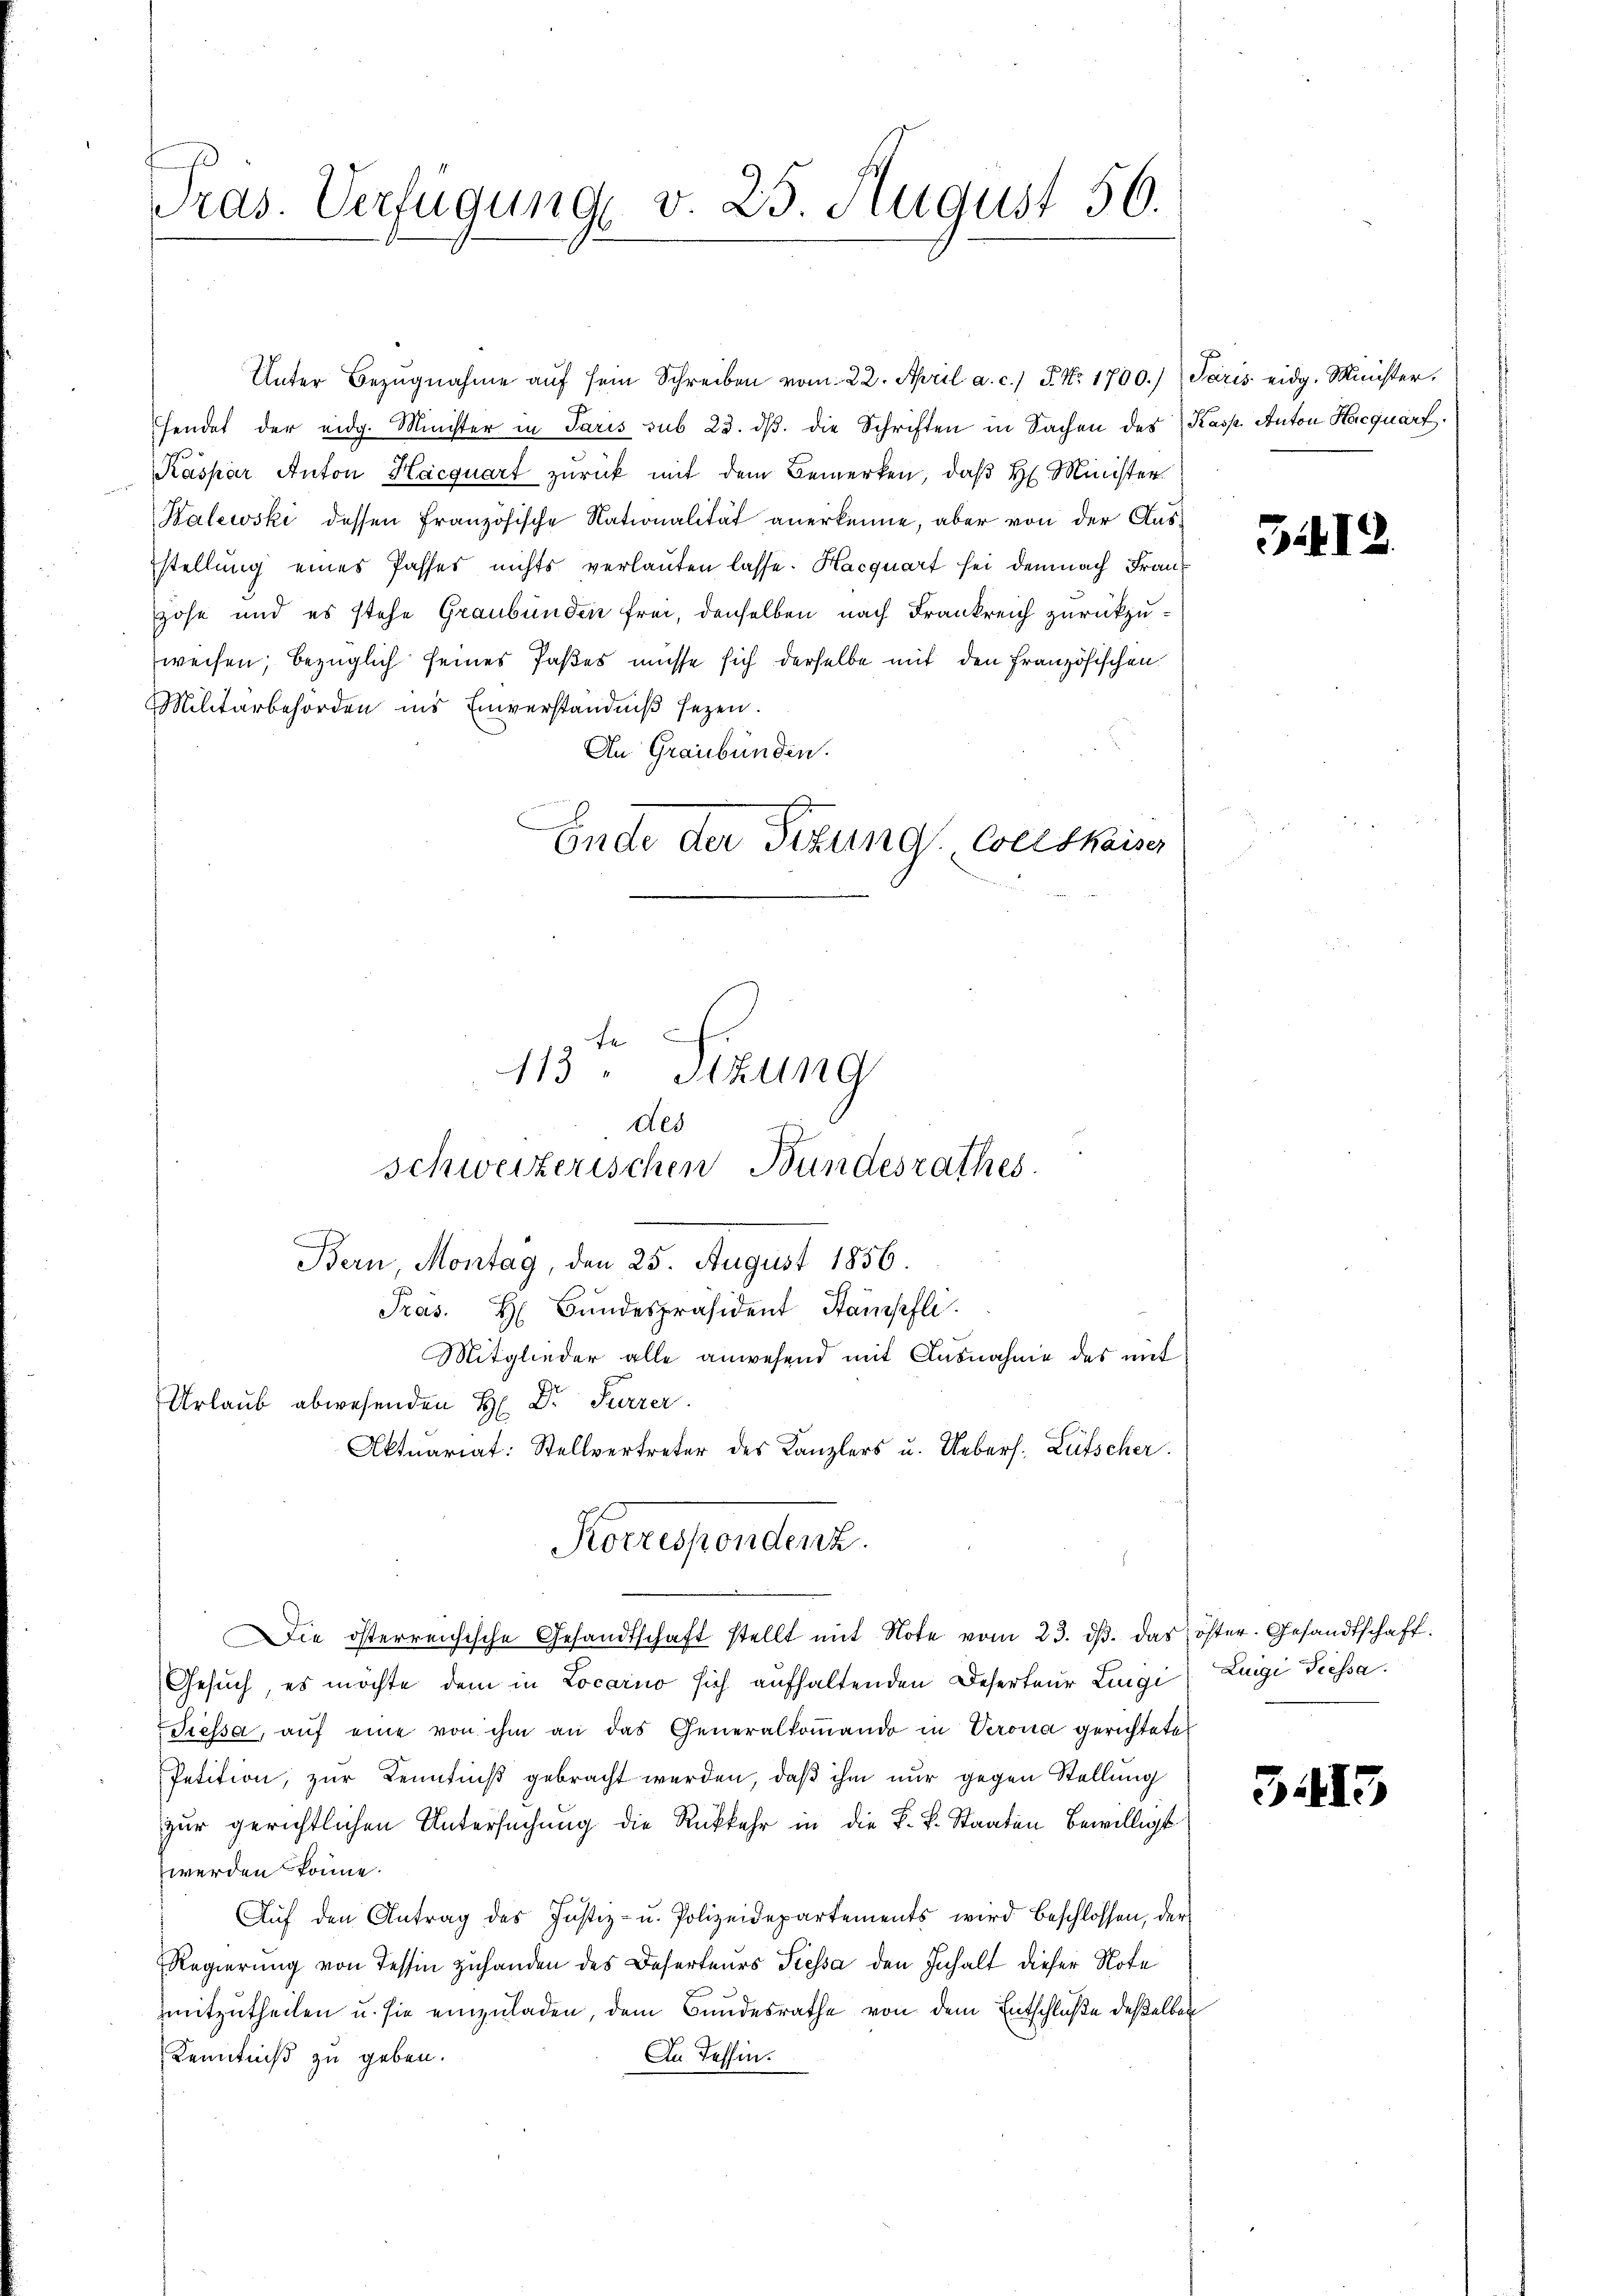
ras. Verfügung v. 25. August 50.

Unter Bezŭgnahme aŭf sein Schreiben vom 22. April a. c.) P. Nr. 1700.) Paris eidg. Minister.
fendet der eidg. Minister in Paris sub 23. dβ die Schriften in Sachen des Kasp. Anton Hacquart
Kaspar Anton Hacquart zurück mit dem Bemerken, daß H. Minister
Halewski dessen Französische Nationalität anerkenne, aber von der Ausstellung eines Passes nichts verlauten lasse. Hacquart sei demnach Franz
Hose und es stehe Graubünden frei, denselben nach Frankreich zurückzuweisen; bezüglich seines Paßes müsse sich derselbe mit den Französischen
Militärbehörden ins Einverständniß sezen.
An Graubünden.
2
gar nichte
Pras. H. Bŭndespräsident Stampfli
Mitglieder alle anwesend mit Ausnahme des mit
Urlaub abwesenden H. Dr Furrer.
Aktuariat: Stellvertreter des Kanzlers u. Uebers. Lütscher.
Korrespendenz.
Die österreichische Gesandtschaft stellt mit Note vom 23. ds. das
Gesuch, es möchte dem in Locarno sich aufhaltenden Deserteur Lingi
Tressa, auf eine von ihm an das Generalkommando in Verona gerichtete
Petition, zur Kenntniß gebracht werden, daß ihm nur gegen Stellung
zŭr gerichtlichen Untersŭchŭng die Rückkehr in die F. L. Staaten bewilligt
werden könne.
Aŭf den Antrag des Justiz- u. Polizeidepartements wird beschlossen, der
Regierung von Tessin zuhanden des Deserteurs Fressa den Inhalt dieser Note
mitzutheilen u. sie einzuladen, dem Bundesrathe von dem Entschluße deßelben
Kenntniß zu geben.
An Tessin.

113. Sitzung
des
schweizerischen Bundesrathes
Bern, Montag, den 25. August 1856.

Ende der Sitzung. Weltkaiser

5412.

öfter. Gesandtschaft.
Luigi Tiessa.

3.13